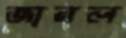
জারল